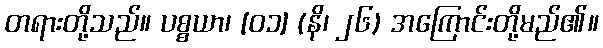
တရားတို့သည်။ ပစ္စယာ၊ [၀၁] (နိ၊ ၂၆) အကြောင်းတို့မည်၏။